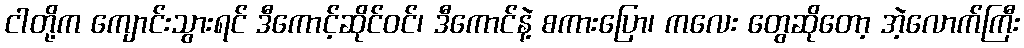
ငါတို့က ကျောင်းသွားရင် ဒီကောင့်ဆိုင်ဝင်၊ ဒီကောင်နဲ့ စကားပြော၊ ကလေး တွေဆိုတော့ အဲ့လောက်ကြီး